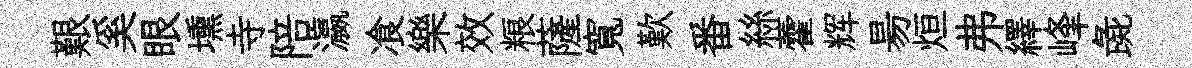
艱奚眼壎寺陪瀛飡樂效粮薩寬歎番絲藿辉昜烜弗繹峰彘